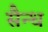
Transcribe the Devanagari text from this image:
सैन्ध